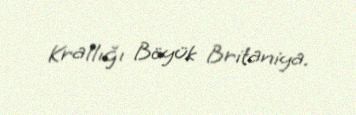
Krallığı Böyük Britaniya.